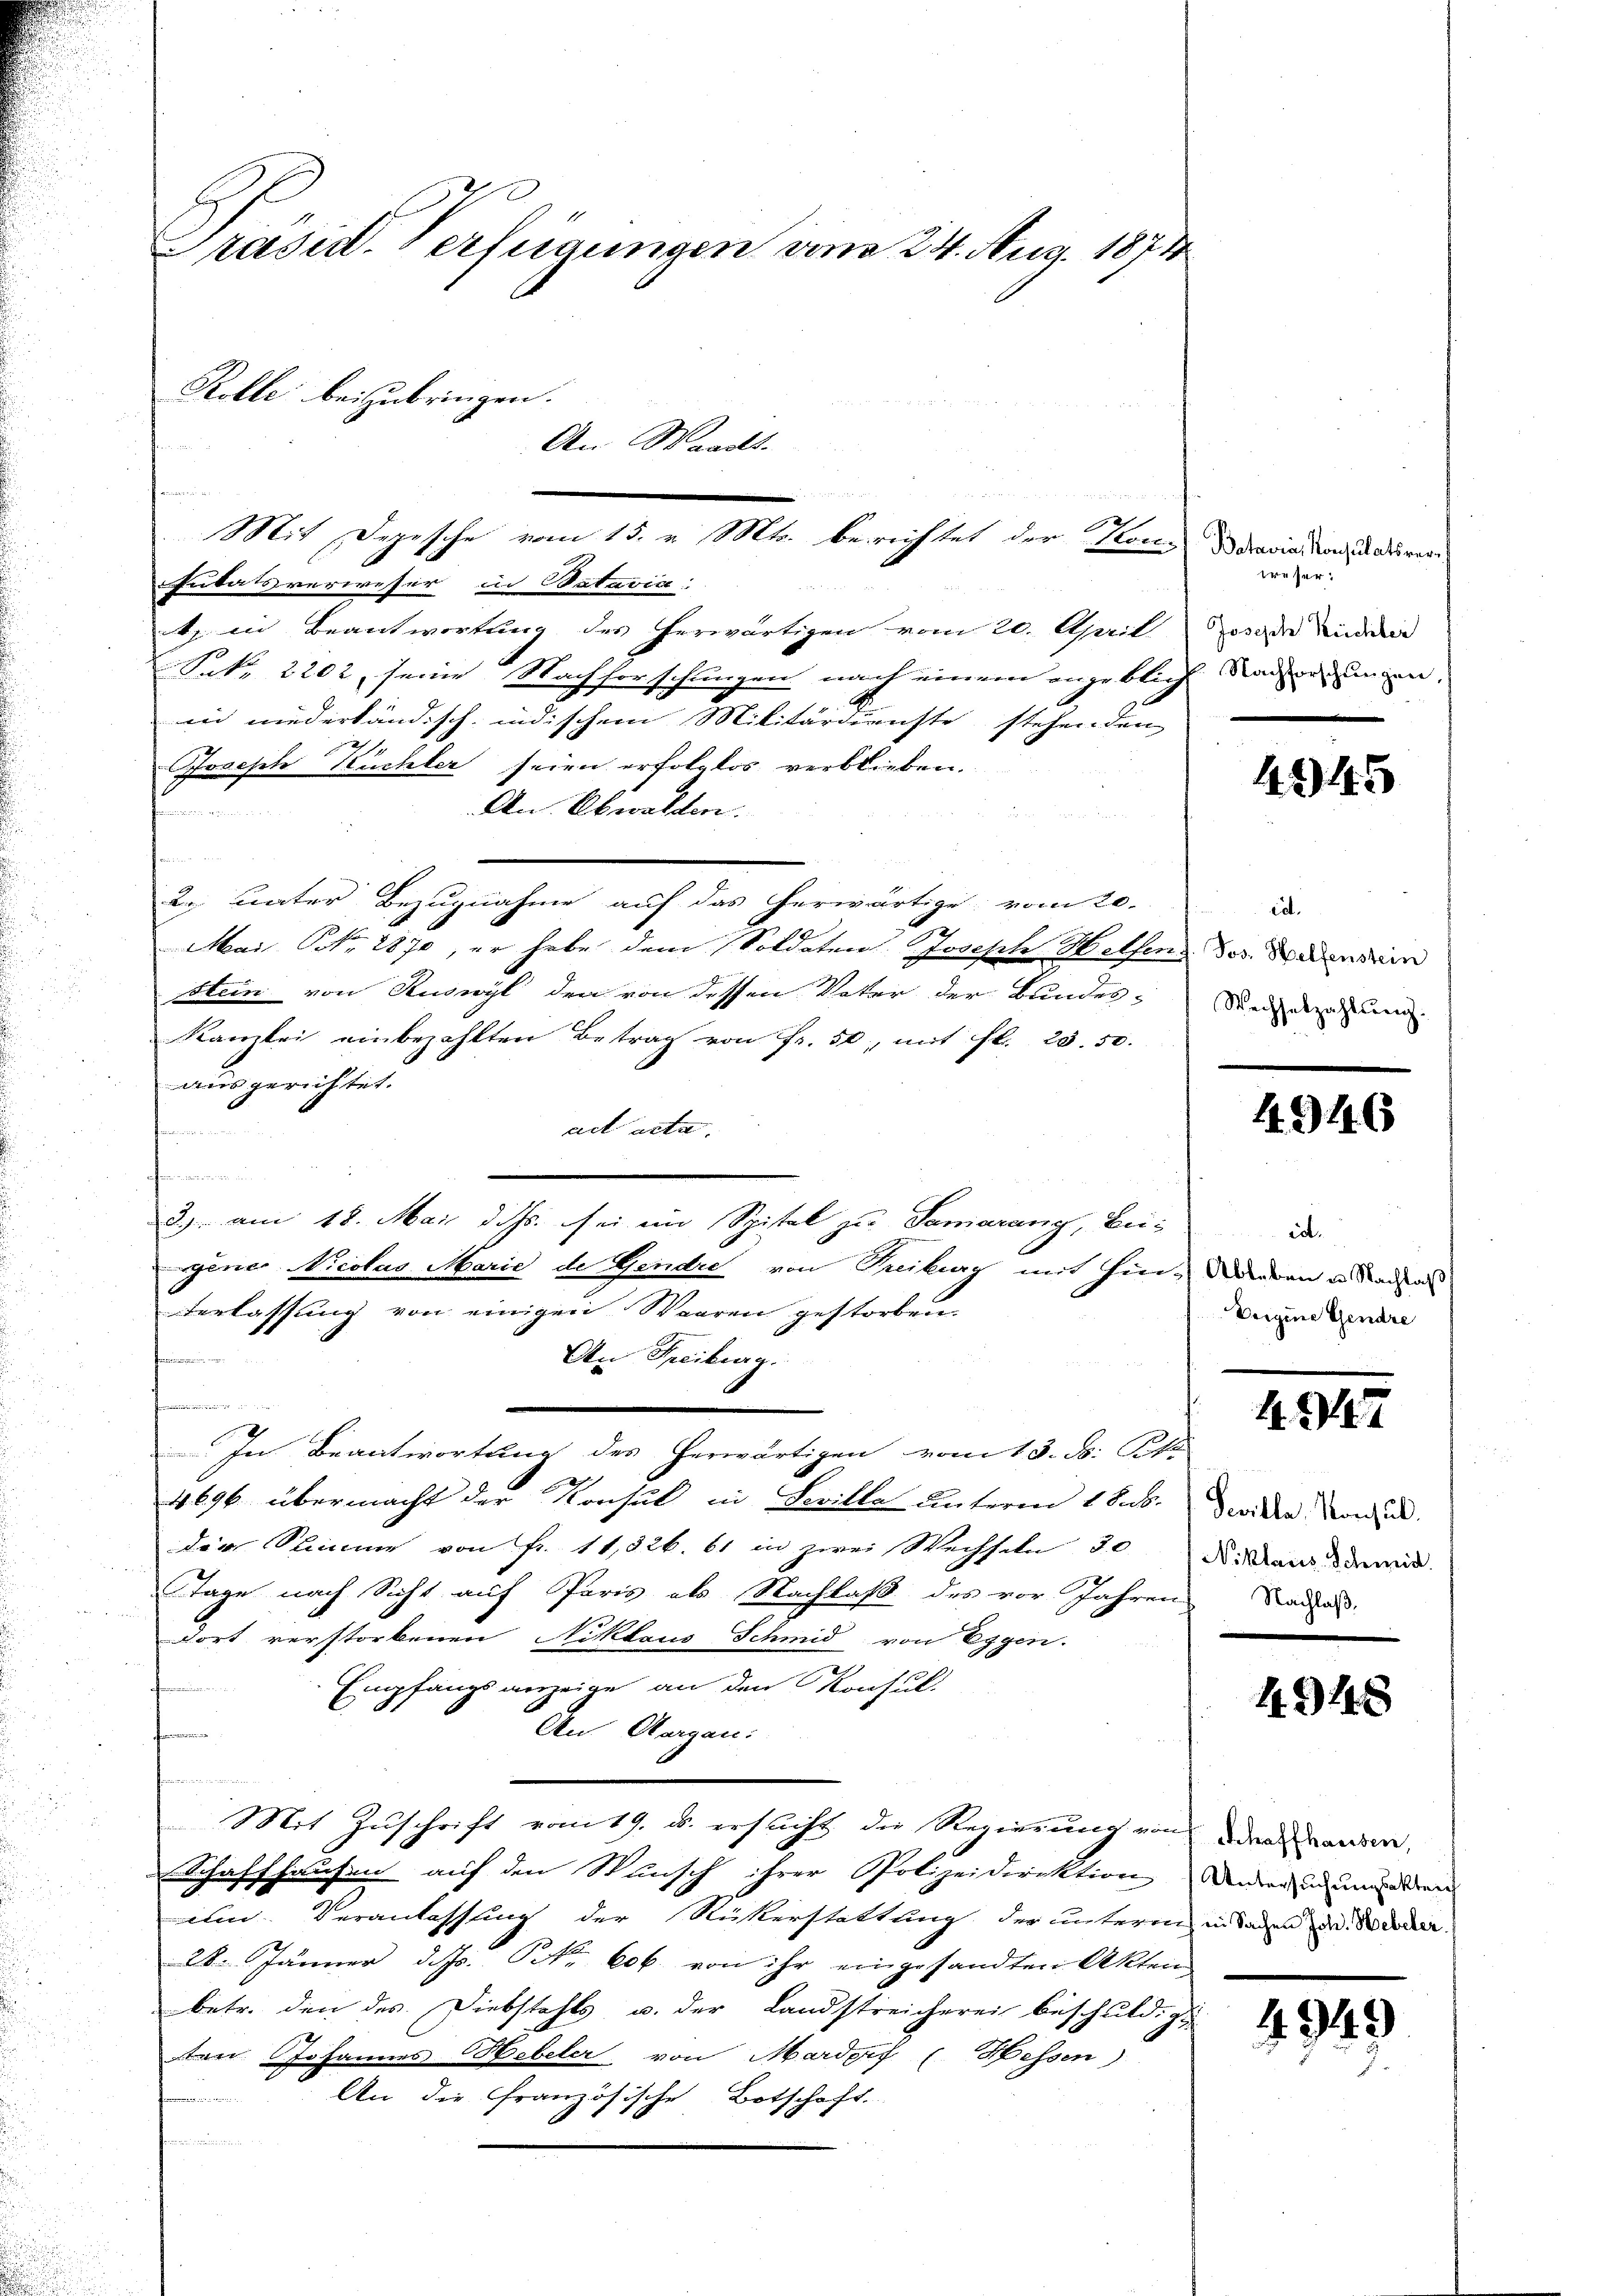
Prasit. Verfügungen vom 24. Aug. 1874
Rolle beizubringen.
An Waadt.

61
Futatsverweser in Dataria
 2 25
) in Beantwortung des herwärtigen vom 20. April
Srk. 2202, seine Nachforschungen nach einem angeblich Radre ungen,
in niederländisch, indischem Militärdienste stehenden
Joseph Küchler seien erfolglos verblieben.
An Obwalden.

u
n
2. unter Bezugnahme auf das herwärtige vom 20.
Mai, Nr. 2870, er habe dem Soldaten Joseph Wettens Jos. Bedensein
stein von Ruswyl den von dessen Vater der Bundes-
Kamtei einbezahlten Betrag von Fr. 50, mit fl. 23. 50.
ausgerichtet.
act acta.
hemen
3.) am 18. Mai d. Js. sei im Spital zu Samarang, be-
rgener-Niclas Marie de Gendre von Reiburg mit Hin-Anden u. Stadtas
Verlassung von einigen Waaren gestorben.
An Freiburg.
In Beantwortung des herwärtigen vom 13. d. Pfa
4696. übermacht der Konsul in Seville unterm 1 Sub. Diodden Vorden.
die Summe von Fr. 11,326. 61 in zwei Wechseln, 30
TTage nach Sicht auf Paris als Nachlaß des vor Jahren Naden.
dort verstorbenen Niklaus Schmid von Eggen.
Empfangs verzeige an den Konsul-
An Aargau:
f
Mit Zuschrift vom 19. u. ersucht die Regierung von der anden,
Schaffhausen auf den Stunsch ihrer Polizeidirektion ander in underen
un Veranlassung der Rükerstattung der unterm in Tagen der Wieder
28. Jänner d. Js. Nr. 606. von ihr eingesandten Akten,
betr. den des Diebstahls u. der Landstreicherei beschuldige
ten Johannes Hebeler von Mardorf (Hessen)
a
An die Französische Botschaft.
e

Mit Depesche vom 15. v. Mts. berichtet der Mandavia donanderer

treser:
Joseph Reichber

245

ed.
Wechselzahlung.

4946

Veigine Gendre

4. 947

Niklaus Schmid

418

4949